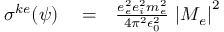
\begin{array} { r l r } { \sigma ^ { k e } ( \psi ) } & { { } = } & { \frac { e _ { e } ^ { 2 } e _ { i } ^ { 2 } m _ { e } ^ { 2 } } { 4 \pi ^ { 2 } \epsilon _ { 0 } ^ { 2 } } \, \left| M _ { e } \right| ^ { 2 } } \end{array}